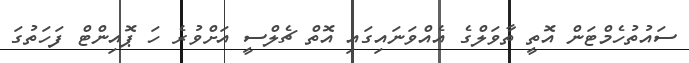
ސައުތުހެމްޓަން އޮތީ ތާވަލްގެ އެއްވަނައިގައި އޮތް ޗެލްސީ އަށްވުރެ ހަ ޕޮއިންޓް ފަހަތުގަ